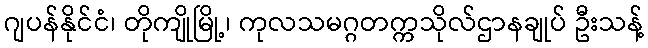
ဂျပန်နိုင်ငံ၊ တိုကျိုမြို့၊ ကုလသမဂ္ဂတက္ကသိုလ်ဌာနချုပ် ဦးသန့်